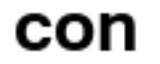
con